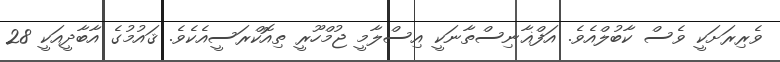
ވެރިރަށަކީ ވެސް ކާބުލްއެވެ. އަފްޣާނިސްތާނަކީ އިސްލާމީ ޖުމްހޫރީ ތިއޮކްރަސީއެކެވެ. ޤައުމުގެ އާބާދީއަކީ 28